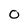
Character: O